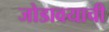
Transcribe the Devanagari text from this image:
जोडावयाची